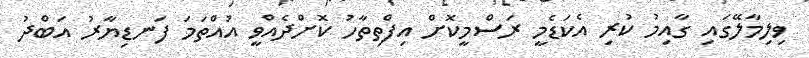
ވިލިމާލޭގައި ގާއިމު ކުރި އެކަޑެމީ ރަސްމީކޮށް އިފްތިތާހު ކޮށްދެއްވީ އުއްތަމަ ފަނޑިޔާރު އަބްދު